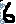
Text: 6